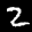
Label: 2